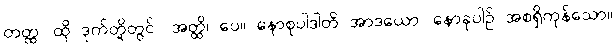
တတ္ထ၊ ထို ဒုက်တို့တွင်။ အတ္ထိ၊ ပေ။ နောစုပါဒါတိ အာဒယော၊ နောခုပါဉ် အစရှိကုန်သော။